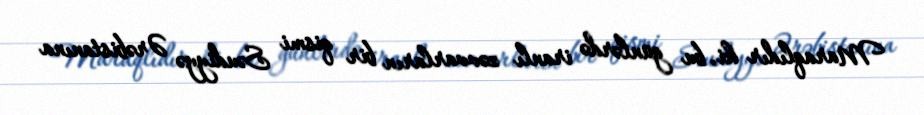
Maraqlıdır ki, bu günlərdə iranlı zəvvarların bir qismi Səudiyyə Ərəbistanına